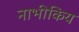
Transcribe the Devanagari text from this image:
नाभीकिय